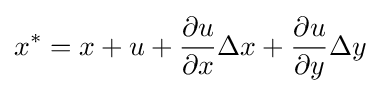
x^{*}=x+u+{\frac {\partial u}{\partial x}}\Delta x+{\frac {\partial u}{\partial y}}\Delta y